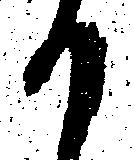
か